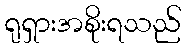
ရုရှားအစိုးရသည်